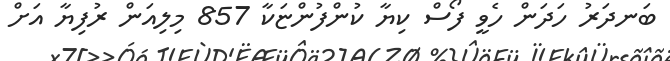
ބަނދަރު ހަދަން ހެވީ ފޯސް ކިޔާ ކުންފުންޏަކާ 857 މިލިއަން ރުފިޔާ އަށް